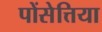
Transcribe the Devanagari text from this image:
पोंसेत्तिया